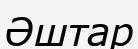
Әштар